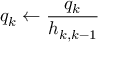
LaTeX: q _ { k } \leftarrow { \frac { q _ { k } } { h _ { k , k - 1 } } }